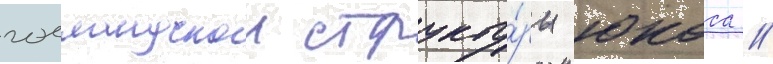
голландскои структу́ры юкоса //